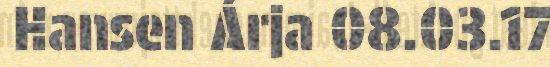
Hansen Árja 08.03.17